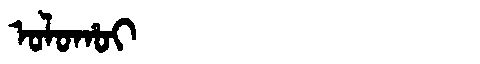
Manchu: ᠣᠯᠣᡥᠣᡳ
Romanization: OLOHOI